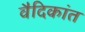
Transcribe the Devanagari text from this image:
वैदिकांत